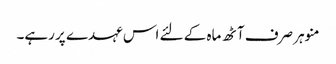
منوہر صرف آٹھ ماہ کے لئے اس عہدے پر رہے۔